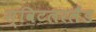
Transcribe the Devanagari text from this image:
स्विटलरलैंड